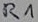
Text: R1